Annual report of the Imperial Bacteriologist
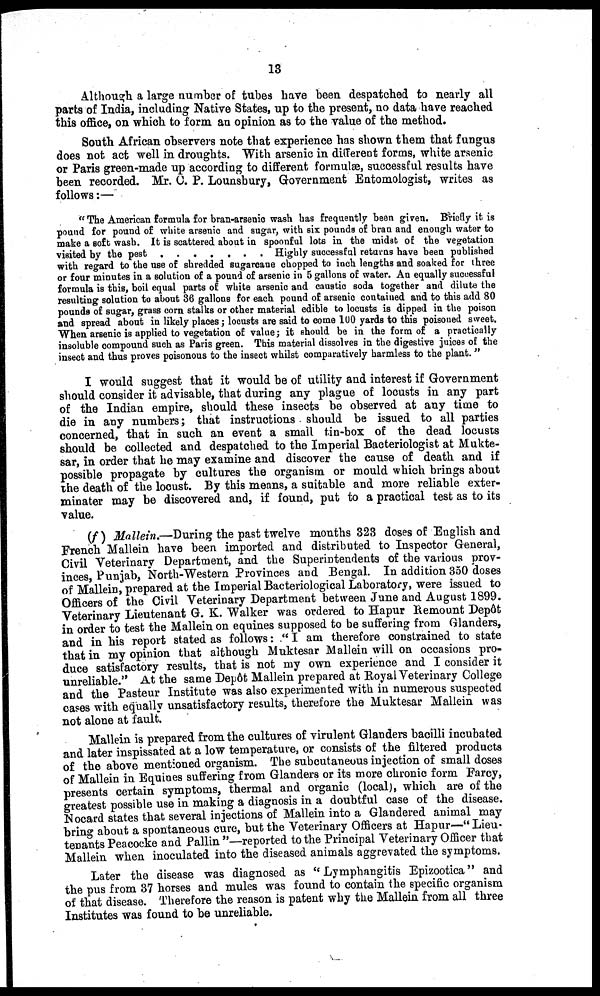
13
Although a large number of tubes have been despatched to nearly all
parts of India, including Native States, up to the present, no data have reached
this office, on which to form an opinion as to the value of the method.
South African observers note that experience has shown them that fungus
does not act well in droughts. With arsenic in different forms, white arsenic
or Paris green-made up according to different formulæ, successful results have
been recorded. Mr. C. P. Lounsbury, Government Entomologist, writes as
follows:—
" The American formula for bran-arsenic wash has frequently been given. Briefly it is
pound for pound of white arsenic and sugar, with six pounds of bran and enough water to
make a soft wash. It is scattered about in spoonful lots in the midst of the vegetation
visited by the pest . . . . . . . Highly successful returns have been published
with regard to the use of shredded sugarcane chopped to inch lengths and soaked for three
or four minutes in a solution of a pound of arsenic in 5 gallons of water. An equally successful
formula is this, boil equal parts of white arsenic and caustic soda together and dilute the
resulting solution to about 36 gallons for each pound of arsenic contained and to this add 80
pounds of sugar, grass corn stalks or other material edible to locusts is dipped in the poison
and spread about in likely places ; locusts are said to come 100 yards to this poisoned sweet.
When arsenic is applied to vegetation of value; it should be in the form of a practically
insoluble compound such as Paris green. This material dissolves in the digestive juices of the
insect and thus proves poisonous to the insect whilst comparatively harmless to the plant. "
I would suggest that it would be of utility and interest if Government
should consider it advisable, that during any plague of locusts in any part
of the Indian empire, should these insects be observed at any time to
die in any numbers; that instructions should be issued to all parties
concerned, that in such an event a small tin-box of the dead locusts
should be collected and despatched to the Imperial Bacteriologist at Mukte-
sar, in order that he may examine and discover the cause of death and if
possible propagate by cultures the organism or mould which brings about
the death of the locust. By this means, a suitable and more reliable exter-
minater may be discovered and, if found, put to a practical test as to its
value.
(f) Mallein.—During the past twelve months 323 doses of English and
French Mallein have been imported and distributed to Inspector General,
Civil Veterinary Department, and the Superintendents of the various prov-
inces, Punjab, North-Western Provinces and Bengal. In addition 350 doses
of Mallein, prepared at the Imperial Bacteriological Laboratory, were issued to
Officers of the Civil Veterinary Department between June and August 1899.
Veterinary Lieutenant G. K. Walker was ordered to Hapur Remount Depôt
in order to test the Mallein on equines supposed to be suffering from Glanders,
and in his report stated as follows : " I am therefore constrained to state
that in my opinion that although Muktesar Mallein will on occasions pro-
duce satisfactory results, that is not my own experience and I consider it
unreliable." At the same Depôt Mallein prepared at Royal Veterinary College
and the Pasteur Institute was also experimented with in numerous suspected
cases with equally unsatisfactory results, therefore the Muktesar Mallein was
not alone at fault.
Mallein is prepared from the cultures of virulent Glanders bacilli incubated
and later inspissated at a low temperature, or consists of the filtered products
of the above mentioned organism. The subcutaneous injection of small doses
of Mallein in Equines suffering from Glanders or its more chronic form Farcy,
presents certain symptoms, thermal and organic (local), which are of the
greatest possible use in making a diagnosis in a doubtful case of the disease.
Nocard states that several injections of Mallein into a Glandered animal may
bring about a spontaneous cure, but the Veterinary Officers at Hapur—"Lieu-
tenants Peacocke and Pallin"—reported to the Principal Veterinary Officer that
Mallein when inoculated into the diseased animals aggrevated the symptoms.
Later the disease was diagnosed as "Lymphangitis Epizootica" and
the pus from 37 horses and mules was found to contain the specific organism
of that disease. Therefore the reason is patent why the Mallein from all three
Institutes was found to be unreliable.